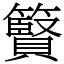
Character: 䉯